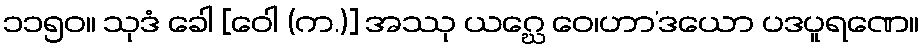
၁၁၅၀။ သုဒံ ခေါ [ဝေါ (က.)] အဿု ယဂ္ဃေ ဝေ၊ဟာ’ဒယော ပဒပူရဏေ။